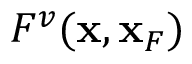
F ^ { v } ( { \bf x } , { \bf x } _ { F } )